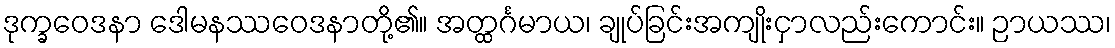
ဒုက္ခဝေဒနာ ဒေါမနဿဝေဒနာတို့၏။ အတ္ထင်္ဂမာယ၊ ချုပ်ခြင်းအကျိုးငှာလည်းကောင်း။ ဉာယဿ၊